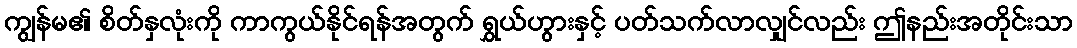
ကျွန်မ၏ စိတ်နှလုံးကို ကာကွယ်နိုင်ရန်အတွက် ရွှယ်ဟွားနှင့် ပတ်သက်လာလျှင်လည်း ဤနည်းအတိုင်းသာ